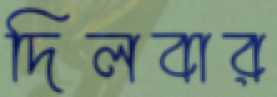
দিলবার